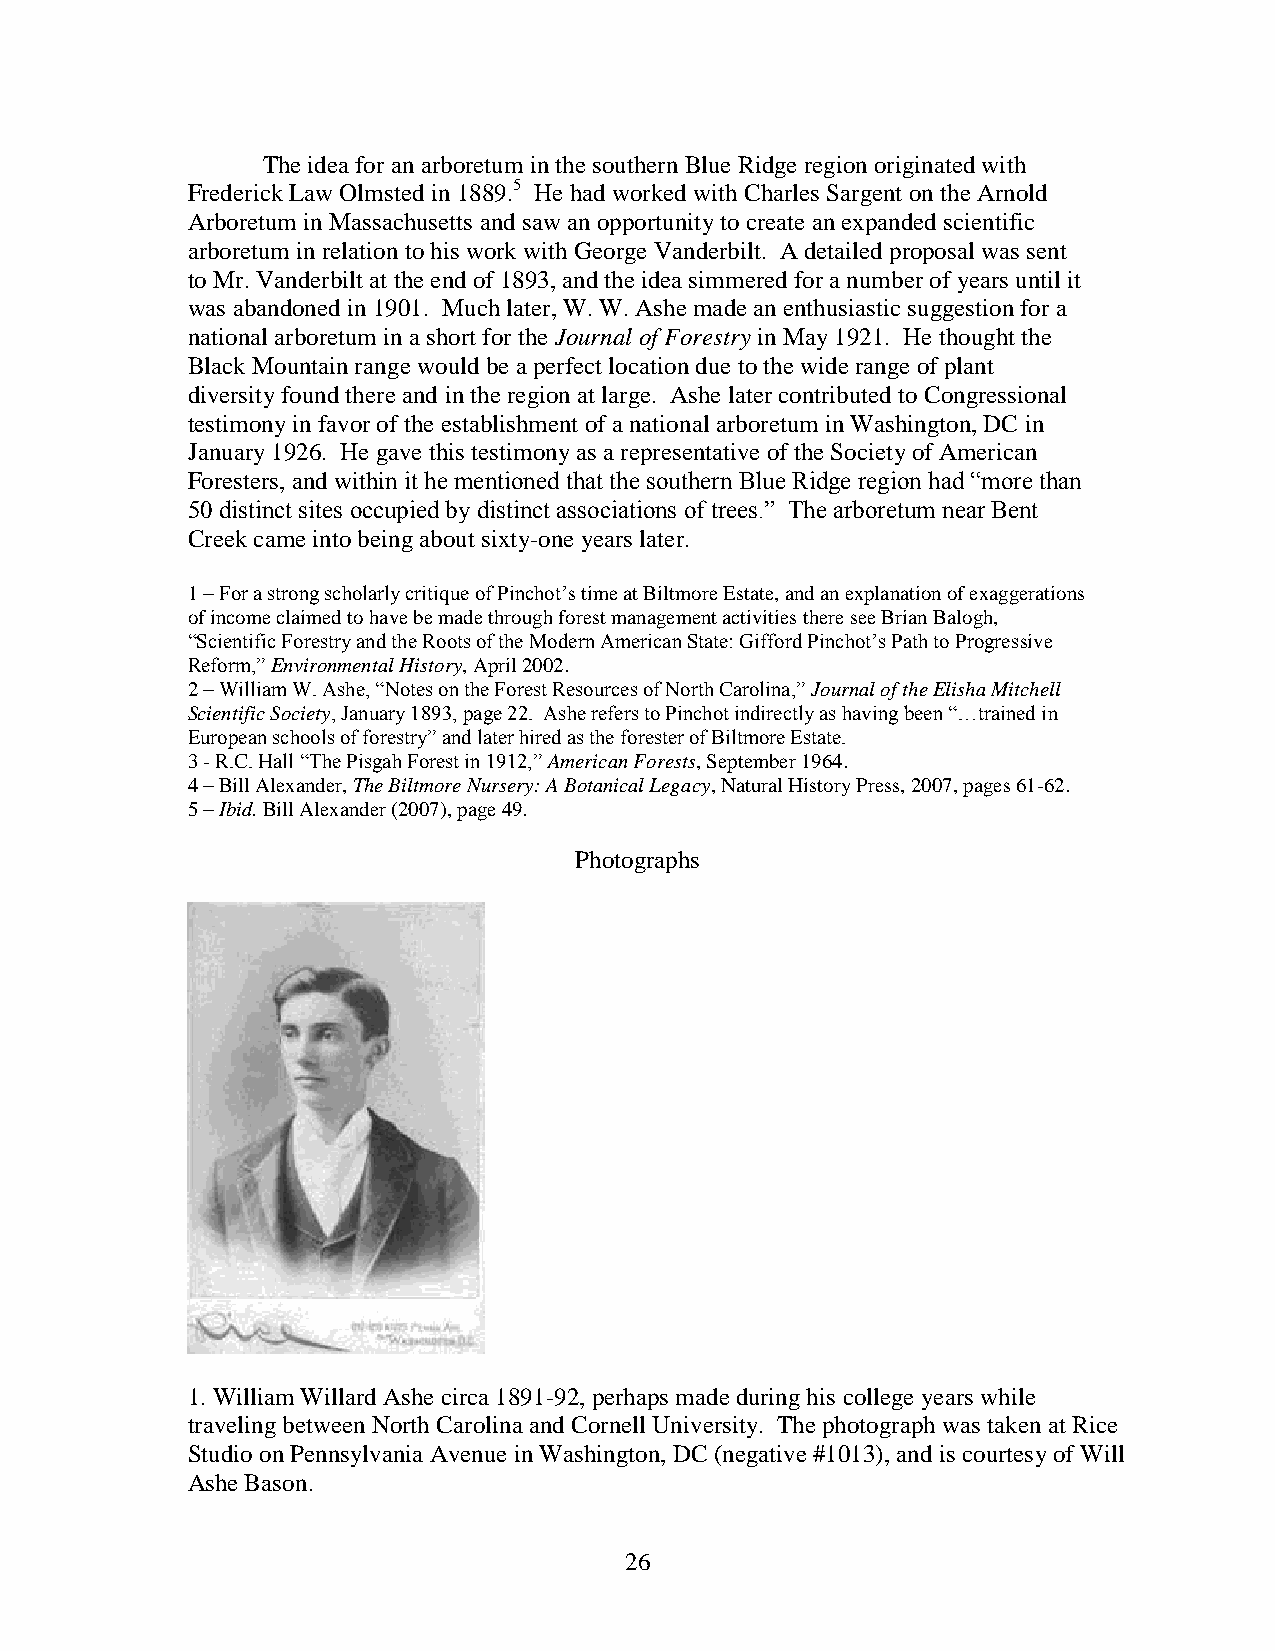
The idea for an arboretum in the southern Blue Ridge region originated with
 Frederick Law Olmsted in 1889.5 He had worked with Charles Sargent on the Arnold
 Arboretum in Massachusetts and saw an opportunity to create an expanded scientific
 arboretum in relation to his work with George Vanderbilt. A detailed proposal was sent
 to Mr. Vanderbilt at the end of 1893, and the idea simmered for a number of years until it
 was abandoned in 1901. Much later, W. W. Ashe made an enthusiastic suggestion for a
 national arboretum in a short for the Journal of Forestry in May 1921. He thought the
 Black Mountain range would be a perfect location due to the wide range of plant
 diversity found there and in the region at large. Ashe later contributed to Congressional
 testimony in favor of the establishment of a national arboretum in Washington, DC in
 January 1926. He gave this testimony as a representative of the Society of American
 Foresters, and within it he mentioned that the southern Blue Ridge region had “more than
 50 distinct sites occupied by distinct associations of trees.” The arboretum near Bent
 Creek came into being about sixty-one years later.
 1 – For a strong scholarly critique of Pinchot’s time at Biltmore Estate, and an explanation of exaggerations
 of income claimed to have be made through forest management activities there see Brian Balogh,
 “Scientific Forestry and the Roots of the Modern American State: Gifford Pinchot’s Path to Progressive
 Reform,” Environmental History, April 2002.
 2 – William W. Ashe, “Notes on the Forest Resources of North Carolina,” Journal of the Elisha Mitchell
 Scientific Society, January 1893, page 22. Ashe refers to Pinchot indirectly as having been “…trained in
 European schools of forestry” and later hired as the forester of Biltmore Estate.
 3 - R.C. Hall “The Pisgah Forest in 1912,” American Forests, September 1964.
 4 – Bill Alexander, The Biltmore Nursery: A Botanical Legacy, Natural History Press, 2007, pages 61-62.
 5 – Ibid. Bill Alexander (2007), page 49.
 Photographs
 1. William Willard Ashe circa 1891-92, perhaps made during his college years while
 traveling between North Carolina and Cornell University. The photograph was taken at Rice
 Studio on Pennsylvania Avenue in Washington, DC (negative #1013), and is courtesy of Will
 Ashe Bason.
 26